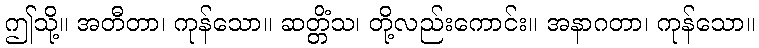
ဤသို့။ အတီတာ၊ ကုန်သော။ ဆတ္တိံသ၊ တို့လည်းကောင်း။ အနာဂတာ၊ ကုန်သော။